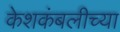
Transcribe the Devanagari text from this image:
केशकंबलीच्या